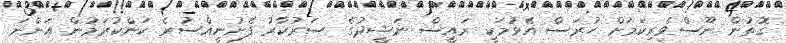
ގޮތުން ނޫސްވެރިކަމަށް ހުރަސް އެޅުމަކީ ރައީސް ނަޝީދުގެ ސަރުކާރު ފެށުނީއްސުރެ ކަންކުރަމުން އަންނަ